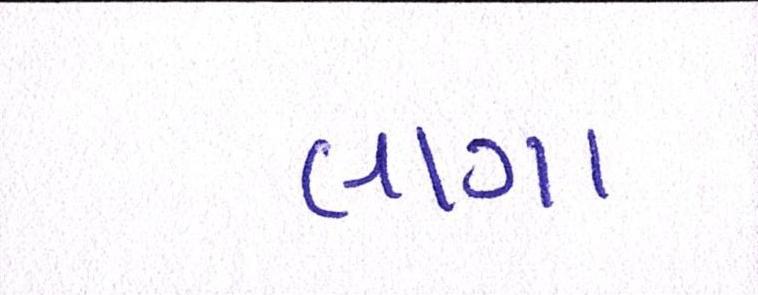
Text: લીગા